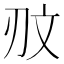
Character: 𰄥